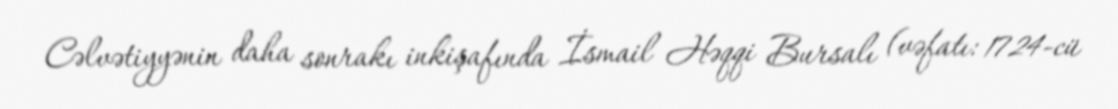
Cəlvətiyyənin daha sonrakı inkişafında İsmail Həqqi Bursalı (vəfatı: 1724-cü